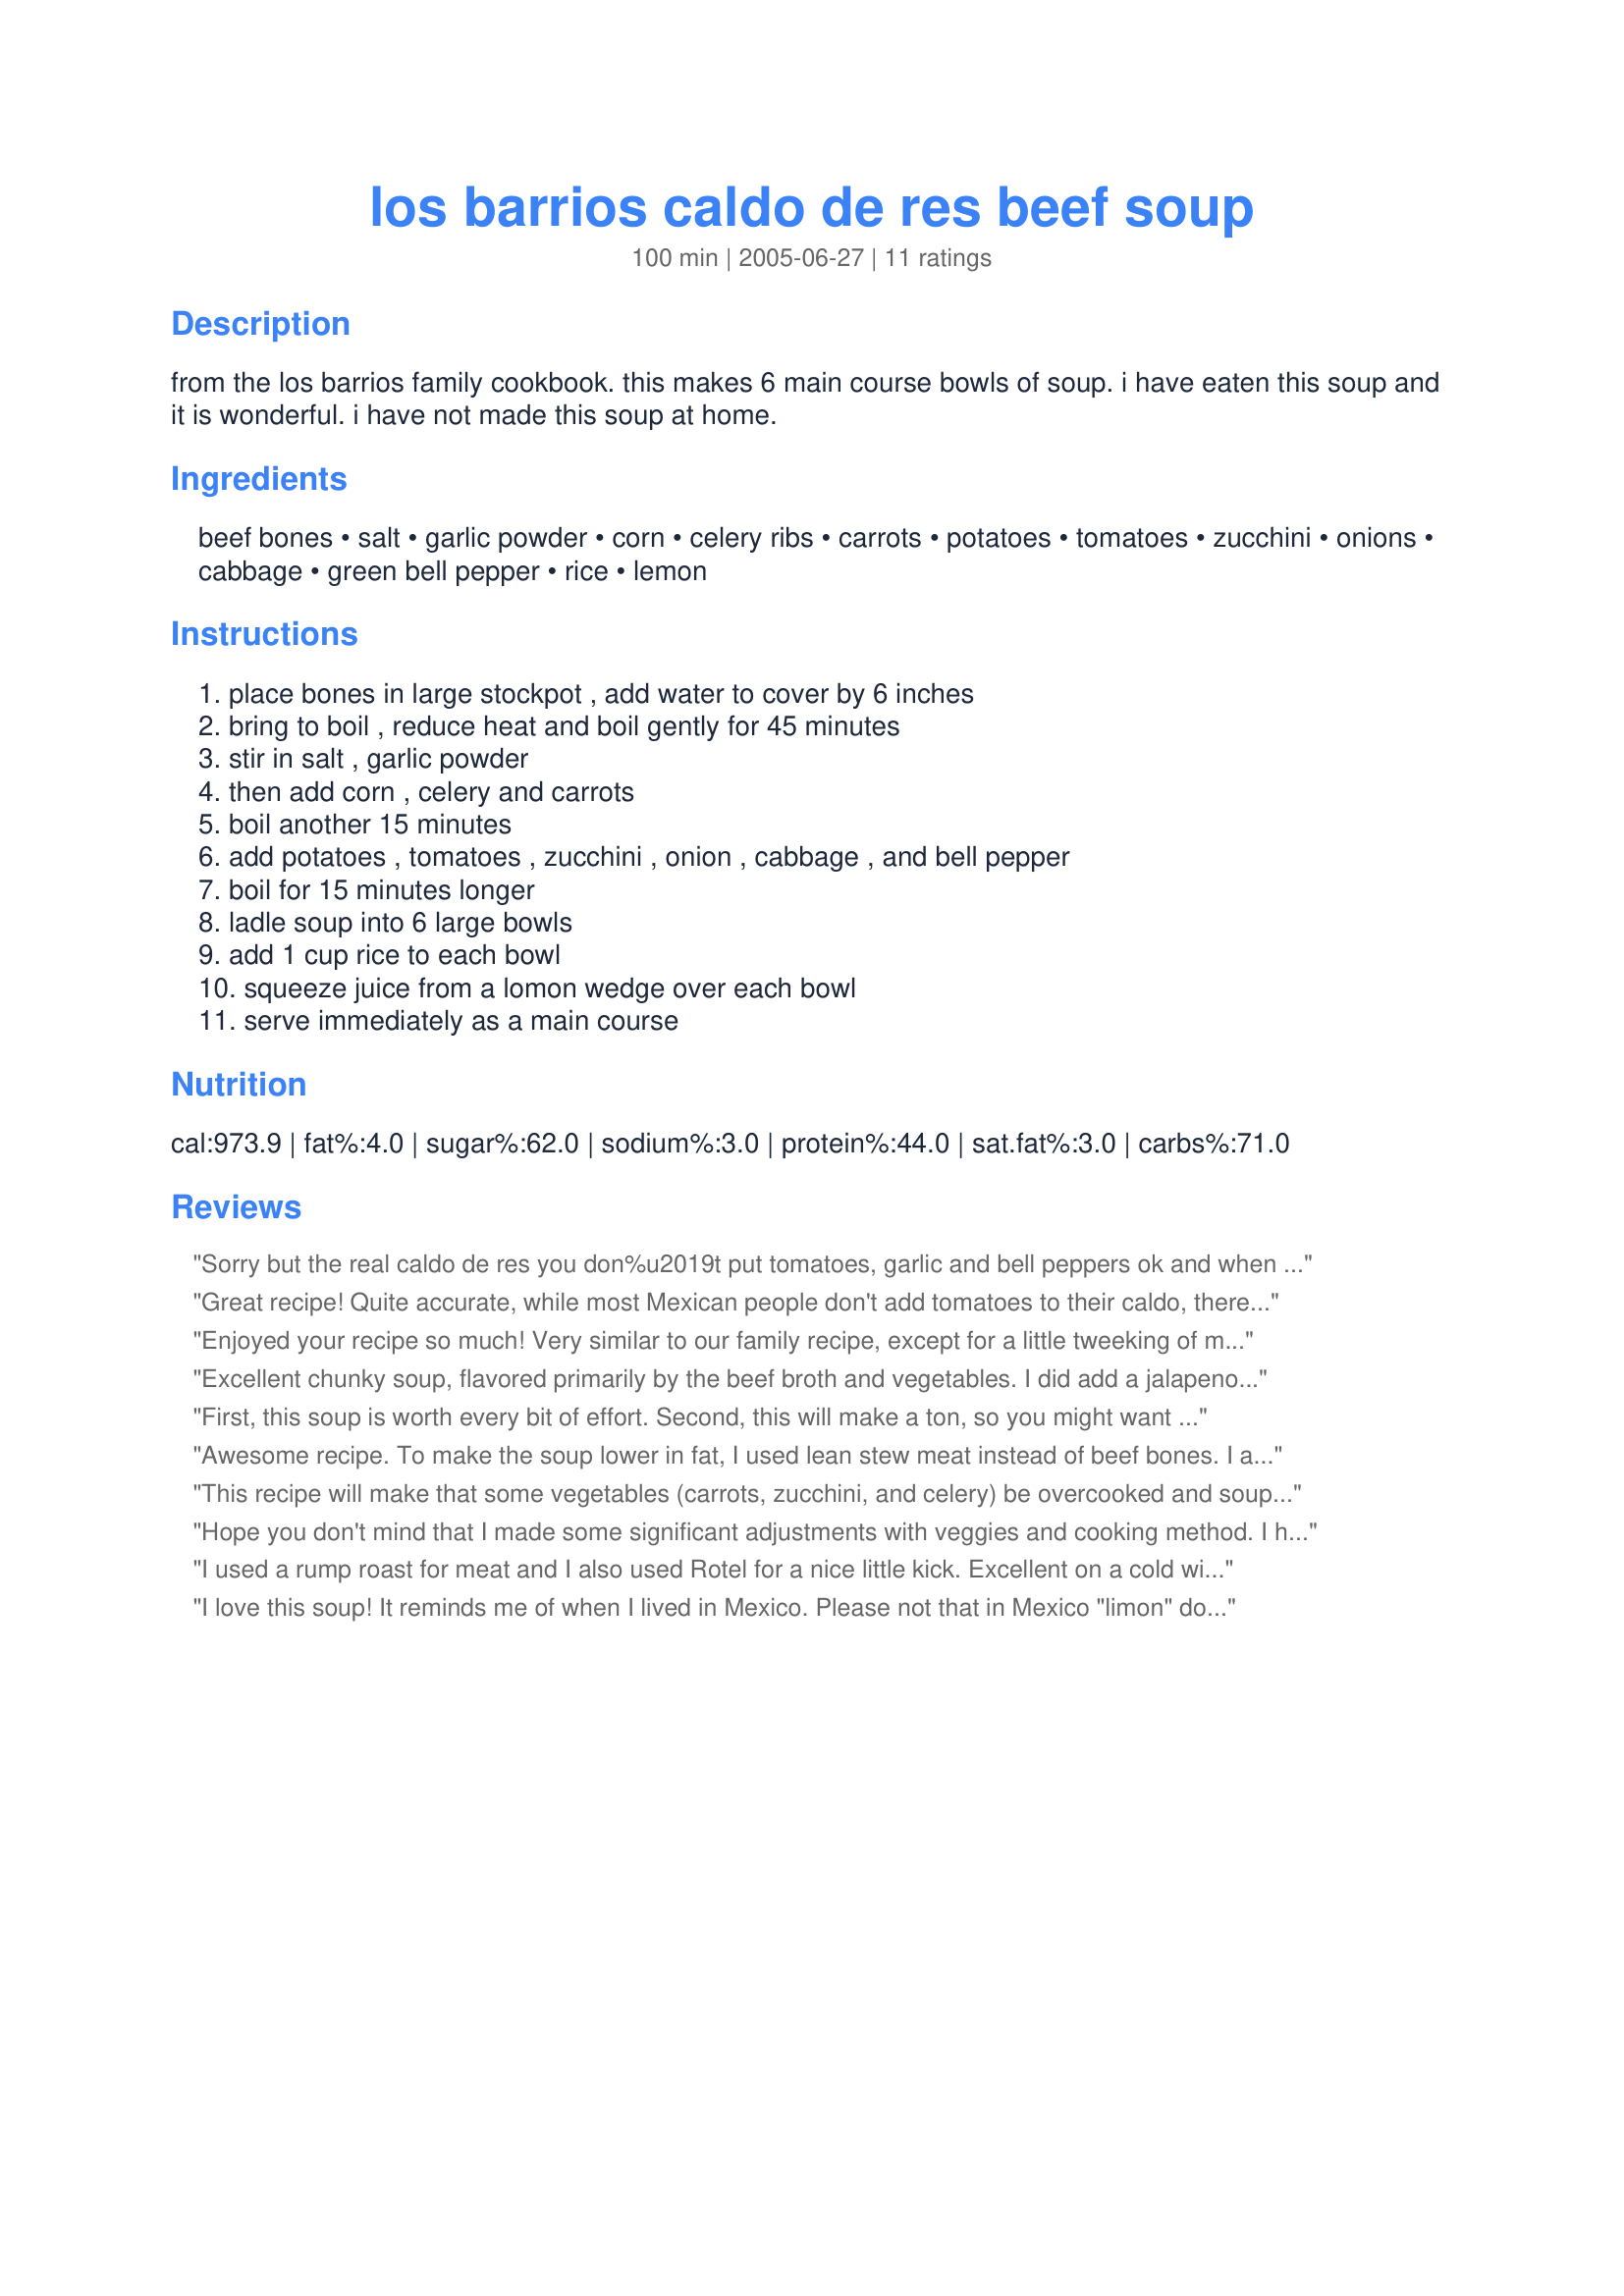
los barrios caldo de res beef soup
Preparation time: 100 minutes

from the los barrios family cookbook. this makes 6 main course bowls of soup. i have eaten this soup and it is wonderful. i have not made this soup at home.

Ingredients:
beef bones, salt, garlic powder, corn, celery ribs, carrots, potatoes, tomatoes, zucchini, onions, cabbage, green bell pepper, rice, lemon

Steps:
place bones in large stockpot , add water to cover by 6 inches, bring to boil , reduce heat and boil gently for 45 minutes, stir in salt , garlic powder, then add corn , celery and carrots, boil another 15 minutes, add potatoes , tomatoes , zucchini , onion , cabbage , and bell pepper, boil for 15 minutes longer, ladle soup into 6 large bowls, add 1 cup rice to each bowl, squeeze juice from a lomon wedge over each bowl, serve immediately as a main course

Reviews:
Sorry but the real caldo de res you don%u2019t put tomatoes, garlic and bell peppers ok and when you are going to add the vegetables after the meat is done you add them all at one time and just make sure that you don%u2019t overcook them.<br/>Replacing the celery with cilantro and your soup will taste a lot better if you like cilantro I do it gives it a better taste than with celery.
Great recipe! Quite accurate, while most Mexican people don't add tomatoes to their caldo, there are some people out there who do. It really depends what region from Mexico you're from. I would suggest some minor changes to improve the flavor, like instead of using garlic powder, try some fresh minced garlic. I also mince my onion instead of quarters, that's purely to trick the people in my household who don't like onions. I add them early along with a handful of fresh cilantro in order to flavor the broth. I don't use celery, mainly because I don't like it :P I guess I could always mince it but I rather not, heh heh heh. I use chayote squash, if you can find it where you live and use small potatoes whole, instead of cutting the big potatoes to avoid a starchy soup. I don't like cabbage either. In some Mexican regions, people add plantain bananas to the soup also. It's really a very versatile soup, for you to add your veggies that are about to go expire. I sometimes add mushrooms too, just personal preference, nothing authentic about that. If you like the flavor, garnish with diced onions and fresh cilantro. Thanks for the recipe, I was just looking for the amount of heat I should been cooking in, but I thought I would rate your recipe, thanks!
Enjoyed your recipe so much! Very similar to our family recipe, except for a little tweeking of my own: I like to use Beef Shank meat and Beef Bones with BONE MARROW still in them to give the soup a more delicious taste. I wash the meat and bones really good before I use them. I also prefer to peel my carrots and my potatoes. I like to add 1 can of garbanzo beans and fresh green beans too. FIRST, I wash the meat and bones and put these in a large pot filled with cool water together with 5 peeled garlic cloves and salt. This cooks covered at rapid boil for 1 1/2 to 2 hours (depending on the amount of meat). During the cooking time of the meat I check for any foam that rises to the top and remove it. After 1/12 hrs. to 2 hours of rapid boiling, I check the meat for tenderness and remove the garlic. Then I add 1/2 med onion, 3 celery sticks cut-up, and the veggies: 3 peeled and cut-up carrots, 3 corns cut in 1/2, 4 med peeled russet potatoes cut in half, 1/2 can garbanzo beans, and a small bunch of fresh green beans. I cover and bring it to a rapid boil again and cook for 15 minutes. After 15 min. I check if the soup needs more salt, I add more if necessary. Finally I add the cabbage 1/2 a head cut in quarters, 3 cut-up zucchini, and 3 sprigs of cilantro. I cover and bring it to a rapid boil again and cook it for another 10 minutes. It should be done now. When all is done, I serve my soup in a bowl and add some minced chives, minced cilantro, a little bit of minced serrano chile, and some squeezed lime juice. The soup goes good with fresh corn or flour tortillas and a side plate of Mexican rice and slices of Avocado. Thanks so much for your recipe!!!
Excellent chunky soup, flavored primarily by the beef broth and vegetables. I did add a jalapeno pepper, and a little beef base to make it richer. I served it with picante sauce for a little kick. DH said it should be rated at least a 7, so I'll add a couple extra stars here **. Thanks for sharing this recipe.
First, this soup is worth every bit of effort.
Second, this will make a ton, so you might want to have a few friends over to help you enjoy this when it's nice and fresh.
Don't neglect the lemon, it's wonderful. I didn't have the corn, so that's the only thing I omitted. Thanks for sharing.
Awesome recipe. To make the soup lower in fat, I used lean stew meat instead of beef bones. I also used fresh garlic instead of powder.
This recipe will make that some vegetables (carrots, zucchini, and celery) be overcooked and soup be lesser flavored. A more evenly cooked veggies and flavorful soup will result if the potato, corn, and cabbage are added first (cook for 15 minutes); the carrots, celery, and zucchini are added next (cook 5 more minutes); and the tomato, onion and green bell pepper, and lemon are added last (cook 5 more minutes).
Hope you don't mind that I made some significant adjustments with veggies and cooking method. I have had this soup many times when eating out but never made it at home. I used lean stew meat which was browned in my French Oven with the onion and a clove or 2 of garlic. To the pot I added the celery, carrots, and cabbage. I covered the pot and placed it in my oven and slow cooked it overnight. On Christmas morning, I brought the soup to a boil tossed in 2 ears of corn that had been cut in thirds allowed this to cook for 15 minutes then added the cut squash. I realized after the fact that I had left out the tomatoes but we didn't miss them. At the end I added a touch of cayenne pepper along with salt and pepper. This was served with recipe #192668 and lime wedges for squeezing.
I used a rump roast for meat and I also used Rotel for a nice little kick. Excellent on a cold winter day, r anytime you need the extra vitamins to help fend off winter diseases. ***** five stars.
I love this soup! It reminds me of when I lived in Mexico. Please not that in Mexico "limon" does not mean lemon, it meas lime. I suggest you use the lime.
T.J.
It was a great soup. It had a wonderful clean taste, I used shank bones and sirloin steaks. The beef was so tender and the broth was flavorful. Instead of garlic powder, I added a few cloves of garlic. This recipe easily made eight to ten servings though. I am sure that everyone already knows this, but I skimmed the soup before I simmered and added all of the yummy tender veggies. I also added some cilantro. Thanks for this recipe.
